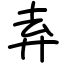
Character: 弆